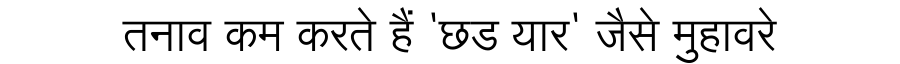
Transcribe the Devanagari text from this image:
तनाव कम करते हैं 'छड यार' जैसे मुहावरे